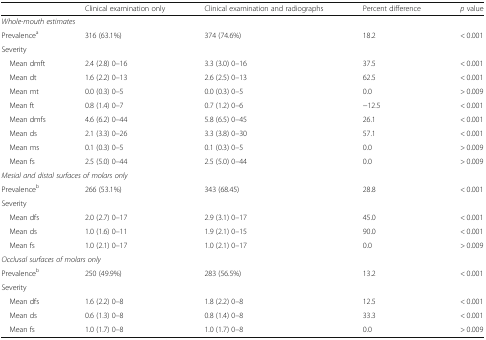
<table><thead><tr><td></td><td><b>Clinical examination only</b></td><td><b>Clinical examination and radiographs</b></td><td><b>Percent difference</b></td><td><b><i>p</i> value</b></td></tr></thead><tbody><tr><td colspan="5"><i>Whole-mouth estimates</i></td></tr><tr><td>Prevalence<sup>a</sup></td><td>316 (63.1%)</td><td>374 (74.6%)</td><td>18.2</td><td>&lt; 0.001</td></tr><tr><td colspan="5">Severity</td></tr><tr><td> Mean dmft</td><td>2.4 (2.8) 0–16</td><td>3.3 (3.0) 0–16</td><td>37.5</td><td>&lt; 0.001</td></tr><tr><td> Mean dt</td><td>1.6 (2.2) 0–13</td><td>2.6 (2.5) 0–13</td><td>62.5</td><td>&lt; 0.001</td></tr><tr><td> Mean mt</td><td>0.0 (0.3) 0–5</td><td>0.0 (0.3) 0–5</td><td>0.0</td><td>&gt; 0.009</td></tr><tr><td> Mean ft</td><td>0.8 (1.4) 0–7</td><td>0.7 (1.2) 0–6</td><td>−12.5</td><td>&lt; 0.001</td></tr><tr><td> Mean dmfs</td><td>4.6 (6.2) 0–44</td><td>5.8 (6.5) 0–45</td><td>26.1</td><td>&lt; 0.001</td></tr><tr><td> Mean ds</td><td>2.1 (3.3) 0–26</td><td>3.3 (3.8) 0–30</td><td>57.1</td><td>&lt; 0.001</td></tr><tr><td> Mean ms</td><td>0.1 (0.3) 0–5</td><td>0.1 (0.3) 0–5</td><td>0.0</td><td>&gt; 0.009</td></tr><tr><td> Mean fs</td><td>2.5 (5.0) 0–44</td><td>2.5 (5.0) 0–44</td><td>0.0</td><td>&gt; 0.009</td></tr><tr><td colspan="5"><i>Mesial and distal surfaces of molars only</i></td></tr><tr><td>Prevalence<sup>b</sup></td><td>266 (53.1%)</td><td>343 (68.45)</td><td>28.8</td><td>&lt; 0.001</td></tr><tr><td colspan="5">Severity</td></tr><tr><td> Mean dfs</td><td>2.0 (2.7) 0–17</td><td>2.9 (3.1) 0–17</td><td>45.0</td><td>&lt; 0.001</td></tr><tr><td> Mean ds</td><td>1.0 (1.6) 0–11</td><td>1.9 (2.1) 0–15</td><td>90.0</td><td>&lt; 0.001</td></tr><tr><td> Mean fs</td><td>1.0 (2.1) 0–17</td><td>1.0 (2.1) 0–17</td><td>0.0</td><td>&gt; 0.009</td></tr><tr><td colspan="5"><i>Occlusal surfaces of molars only</i></td></tr><tr><td>Prevalence<sup>b</sup></td><td>250 (49.9%)</td><td>283 (56.5%)</td><td>13.2</td><td>&lt; 0.001</td></tr><tr><td colspan="5">Severity</td></tr><tr><td> Mean dfs</td><td>1.6 (2.2) 0–8</td><td>1.8 (2.2) 0–8</td><td>12.5</td><td>&lt; 0.001</td></tr><tr><td> Mean ds</td><td>0.6 (1.3) 0–8</td><td>0.8 (1.4) 0–8</td><td>33.3</td><td>&lt; 0.001</td></tr><tr><td> Mean fs</td><td>1.0 (1.7) 0–8</td><td>1.0 (1.7) 0–8</td><td>0.0</td><td>&gt; 0.009</td></tr></tbody></table>